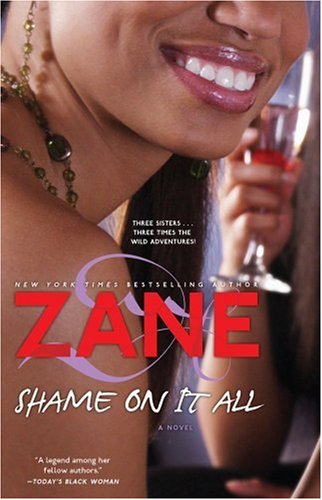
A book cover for Shame on It All: A Novel; Zane; Romance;